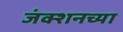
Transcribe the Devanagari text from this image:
जंक्शनच्या